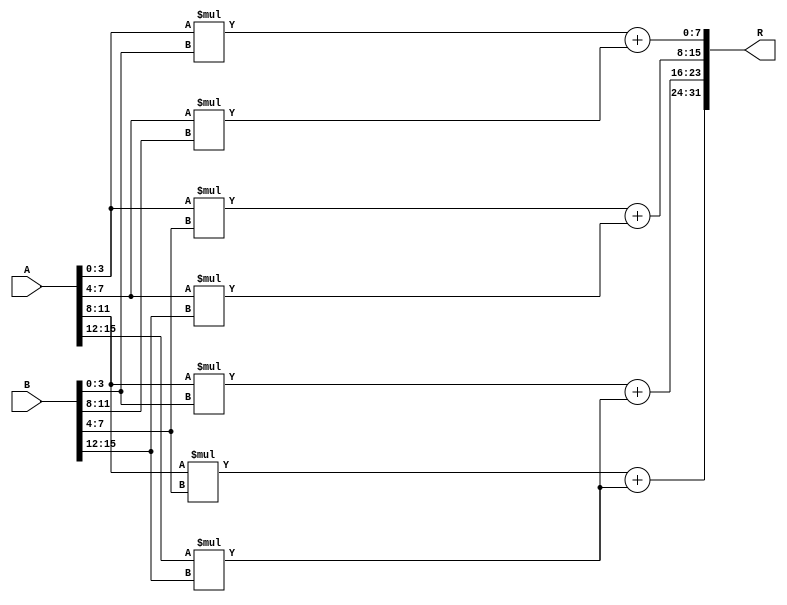
`timescale 1ns / 1ps
//////////////////////////////////////////////////////////////////////////////////
// Company: 
// Engineer: 
// 
// Design Name: 
// Module Name: matrix_multiplication
// Project Name: 
// Target Devices: 
// Tool Versions: 
// Description: 
// 
// Dependencies: 
// 
// Revision:
// Revision 0.01 - File Created
// Additional Comments:
// 
//////////////////////////////////////////////////////////////////////////////////


module matrix_multiplication(
    A, B, R
    );
    parameter N = 4;
    input [N ** 2 - 1: 0] A, B;
    output [2 * (N ** 2) - 1: 0] R;
    
    wire [3: 0] AMat[0: 1][0: 1];
    wire [3: 0] BMat[0: 1][0: 1];
    wire [7: 0] RMat[0: 1][0: 1];
    
    assign AMat[0][0] = A[3: 0];
    assign AMat[0][1] = A[7: 4];
    assign AMat[1][0] = A[11: 8];
    assign AMat[1][1] = A[15: 12];
    
    assign BMat[0][0] = B[3: 0];
    assign BMat[0][1] = B[7: 4];
    assign BMat[1][0] = B[11: 8];
    assign BMat[1][1] = B[15: 12];
    
    assign RMat[0][0] = (AMat[0][0] * BMat[0][0] + AMat[0][1] * BMat[1][0]);
    assign RMat[0][1] = (AMat[0][0] * BMat[0][1] + AMat[0][1] * BMat[1][1]);
    assign RMat[1][0] = (AMat[1][0] * BMat[0][0] + AMat[1][1] * BMat[1][1]);
    assign RMat[1][1] = (AMat[1][0] * BMat[0][1] + AMat[1][1] * BMat[1][1]);
    
    assign R = { RMat[1][1], RMat[1][0], RMat[0][1], RMat[0][0]};
endmodule